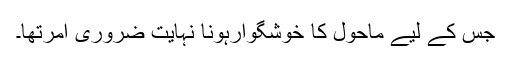
جس کے لیے ماحول کا خوشگوارہونا نہایت ضروری امرتھا۔